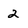
Character: 2